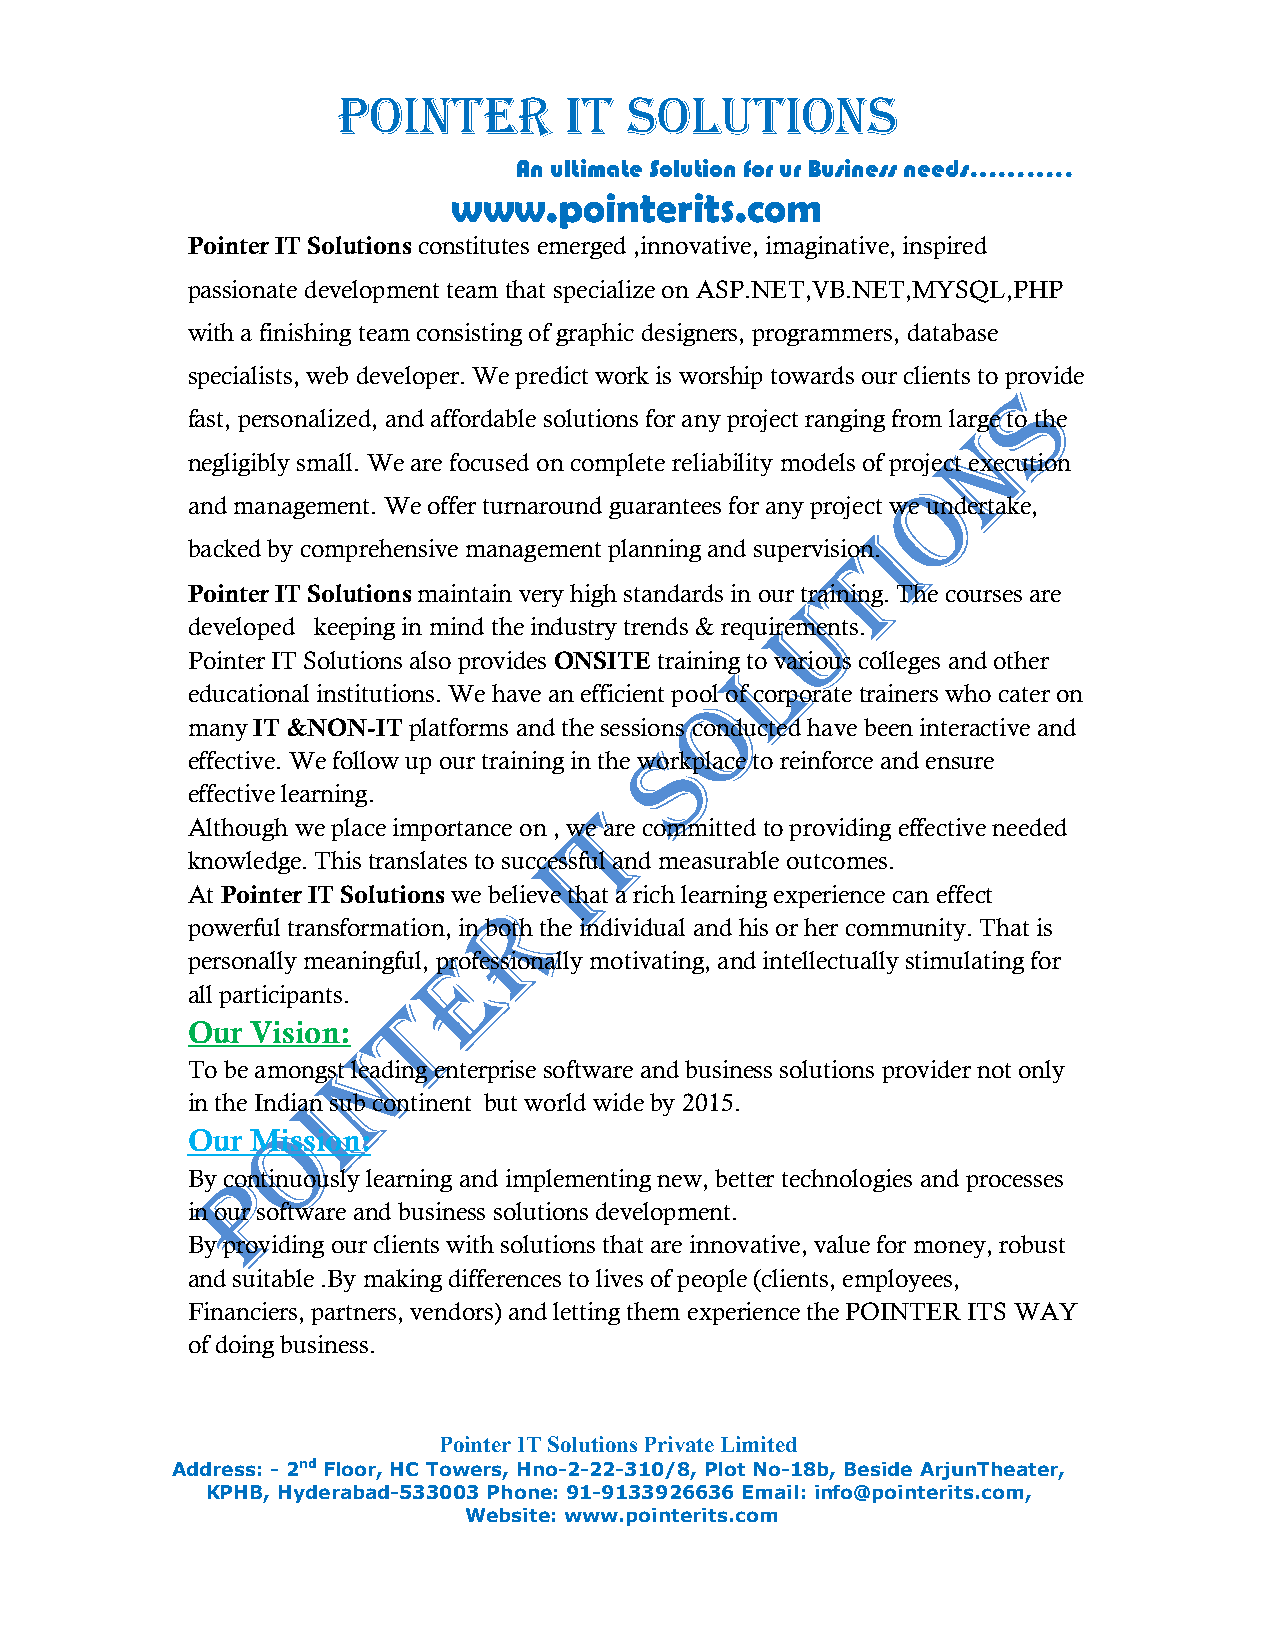
POINTER        IT   SOLUTIONS
 An ultimate Solution for ur Business needs………..
 www.pointerits.com
 Pointer IT Solutions constitutes emerged ,innovative, imaginative, inspired
 passionate development team that specialize on ASP.NET,VB.NET,MYSQL,PHP
 with a finishing team consisting of graphic designers, programmers, database
 specialists, web developer. We predict work is worship towards our clients to provide
 fast, personalized, and affordable solutions for any project ranging from large to the
 negligibly small. We are focused on complete reliability models of project execution
 and management. We offer turnaround guarantees for any project we undertake,
 backed by comprehensive management planning and supervision.
 Pointer IT Solutions maintain very high standards in our training. The courses are
 developed keeping in mind the industry trends & requirements.
 Pointer IT Solutions also provides ONSITE training to various colleges and other
 educational institutions. We have an efficient pool of corporate trainers who cater on
 many IT &NON-IT platforms and the sessions conducted have been interactive and
 effective. We follow up our training in the workplace to reinforce and ensure
 effective learning.
 Although we place importance on , we are committed to providing effective needed
 knowledge. This translates to successful and measurable outcomes.
 At Pointer IT Solutions we believe that a rich learning experience can effect
 powerful transformation, in both the individual and his or her community. That is
 personally meaningful, professionally motivating, and intellectually stimulating for
 all participants.
 Our  Vision:
 To be amongst leading enterprise software and business solutions provider not only
 in the Indian sub continent but world wide by 2015.
 Our  Mission:
 By continuously learning and implementing new, better technologies and processes
 in our software and business solutions development.
 By providing our clients with solutions that are innovative, value for money, robust
 and suitable .By making differences to lives of people (clients, employees,
 Financiers, partners, vendors) and letting them experience the POINTER ITS WAY
 of doing business.
 Pointer IT Solutions Private Limited
 Address: - 2nd Floor, HC Towers, Hno-2-22-310/8, Plot No-18b, Beside ArjunTheater,
 KPHB, Hyderabad-533003 Phone: 91-9133926636 Email: info@pointerits.com,
 Website: www.pointerits.com